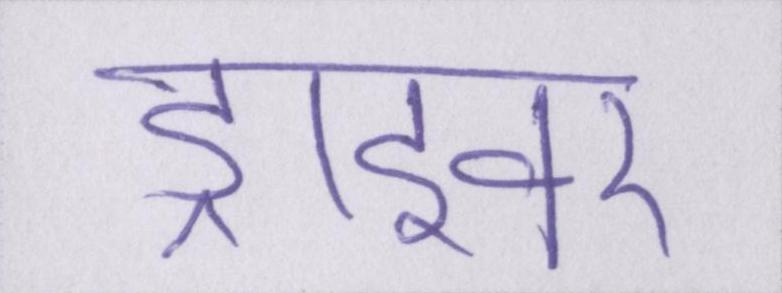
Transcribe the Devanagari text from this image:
ड्राइवर